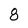
Character: 8